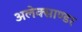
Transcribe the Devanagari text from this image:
अलेक्साण्डर